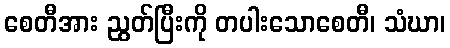
စေတီအား ညွတ်ပြီးကို တပါးသောစေတီ၊ သံဃာ၊